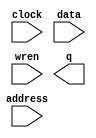
// megafunction wizard: %RAM: 1-PORT%VBB%
// GENERATION: STANDARD
// VERSION: WM1.0
// MODULE: altsyncram 

// ============================================================
// Megafunction Name(s):
// 			altsyncram
//
// Simulation Library Files(s):
// 			altera_mf
// ============================================================
// ************************************************************
// THIS IS A WIZARD-GENERATED FILE. DO NOT EDIT THIS FILE!
//
// 9.1 Build 304 01/25/2010 SP 1 SJ Web Edition
// ************************************************************

//Copyright (C) 1991-2010 Altera Corporation
//Your use of Altera Corporation's design tools, logic functions 
//and other software and tools, and its AMPP partner logic 
//functions, and any output files from any of the foregoing 
//(including device programming or simulation files), and any 
//associated documentation or information are expressly subject 
//to the terms and conditions of the Altera Program License 
//Subscription Agreement, Altera MegaCore Function License 
//Agreement, or other applicable license agreement, including, 
//without limitation, that your use is for the sole purpose of 
//programming logic devices manufactured by Altera and sold by 
//Altera or its authorized distributors.  Please refer to the 
//applicable agreement for further details.

module LED (
	address,
	clock,
	data,
	wren,
	q);

	input	[5:0]  address;
	input	  clock;
	input	[23:0]  data;
	input	  wren;
	output	[23:0]  q;
`ifndef ALTERA_RESERVED_QIS
// synopsys translate_off
`endif
	tri1	  clock;
`ifndef ALTERA_RESERVED_QIS
// synopsys translate_on
`endif

endmodule

// ============================================================
// CNX file retrieval info
// ============================================================
// Retrieval info: PRIVATE: ADDRESSSTALL_A NUMERIC "0"
// Retrieval info: PRIVATE: AclrAddr NUMERIC "0"
// Retrieval info: PRIVATE: AclrByte NUMERIC "0"
// Retrieval info: PRIVATE: AclrData NUMERIC "0"
// Retrieval info: PRIVATE: AclrOutput NUMERIC "0"
// Retrieval info: PRIVATE: BYTE_ENABLE NUMERIC "0"
// Retrieval info: PRIVATE: BYTE_SIZE NUMERIC "8"
// Retrieval info: PRIVATE: BlankMemory NUMERIC "0"
// Retrieval info: PRIVATE: CLOCK_ENABLE_INPUT_A NUMERIC "0"
// Retrieval info: PRIVATE: CLOCK_ENABLE_OUTPUT_A NUMERIC "0"
// Retrieval info: PRIVATE: Clken NUMERIC "0"
// Retrieval info: PRIVATE: DataBusSeparated NUMERIC "1"
// Retrieval info: PRIVATE: IMPLEMENT_IN_LES NUMERIC "0"
// Retrieval info: PRIVATE: INIT_FILE_LAYOUT STRING "PORT_A"
// Retrieval info: PRIVATE: INIT_TO_SIM_X NUMERIC "0"
// Retrieval info: PRIVATE: INTENDED_DEVICE_FAMILY STRING "Cyclone II"
// Retrieval info: PRIVATE: JTAG_ENABLED NUMERIC "0"
// Retrieval info: PRIVATE: JTAG_ID STRING "NONE"
// Retrieval info: PRIVATE: MAXIMUM_DEPTH NUMERIC "0"
// Retrieval info: PRIVATE: MIFfilename STRING "../../hw6/mem6.mif"
// Retrieval info: PRIVATE: NUMWORDS_A NUMERIC "64"
// Retrieval info: PRIVATE: RAM_BLOCK_TYPE NUMERIC "0"
// Retrieval info: PRIVATE: READ_DURING_WRITE_MODE_PORT_A NUMERIC "3"
// Retrieval info: PRIVATE: RegAddr NUMERIC "1"
// Retrieval info: PRIVATE: RegData NUMERIC "1"
// Retrieval info: PRIVATE: RegOutput NUMERIC "0"
// Retrieval info: PRIVATE: SYNTH_WRAPPER_GEN_POSTFIX STRING "0"
// Retrieval info: PRIVATE: SingleClock NUMERIC "1"
// Retrieval info: PRIVATE: UseDQRAM NUMERIC "1"
// Retrieval info: PRIVATE: WRCONTROL_ACLR_A NUMERIC "0"
// Retrieval info: PRIVATE: WidthAddr NUMERIC "6"
// Retrieval info: PRIVATE: WidthData NUMERIC "24"
// Retrieval info: PRIVATE: rden NUMERIC "0"
// Retrieval info: CONSTANT: CLOCK_ENABLE_INPUT_A STRING "BYPASS"
// Retrieval info: CONSTANT: CLOCK_ENABLE_OUTPUT_A STRING "BYPASS"
// Retrieval info: CONSTANT: INIT_FILE STRING "../../hw6/mem6.mif"
// Retrieval info: CONSTANT: INTENDED_DEVICE_FAMILY STRING "Cyclone II"
// Retrieval info: CONSTANT: LPM_HINT STRING "ENABLE_RUNTIME_MOD=NO"
// Retrieval info: CONSTANT: LPM_TYPE STRING "altsyncram"
// Retrieval info: CONSTANT: NUMWORDS_A NUMERIC "64"
// Retrieval info: CONSTANT: OPERATION_MODE STRING "SINGLE_PORT"
// Retrieval info: CONSTANT: OUTDATA_ACLR_A STRING "NONE"
// Retrieval info: CONSTANT: OUTDATA_REG_A STRING "UNREGISTERED"
// Retrieval info: CONSTANT: POWER_UP_UNINITIALIZED STRING "FALSE"
// Retrieval info: CONSTANT: WIDTHAD_A NUMERIC "6"
// Retrieval info: CONSTANT: WIDTH_A NUMERIC "24"
// Retrieval info: CONSTANT: WIDTH_BYTEENA_A NUMERIC "1"
// Retrieval info: USED_PORT: address 0 0 6 0 INPUT NODEFVAL address[5..0]
// Retrieval info: USED_PORT: clock 0 0 0 0 INPUT VCC clock
// Retrieval info: USED_PORT: data 0 0 24 0 INPUT NODEFVAL data[23..0]
// Retrieval info: USED_PORT: q 0 0 24 0 OUTPUT NODEFVAL q[23..0]
// Retrieval info: USED_PORT: wren 0 0 0 0 INPUT NODEFVAL wren
// Retrieval info: CONNECT: @address_a 0 0 6 0 address 0 0 6 0
// Retrieval info: CONNECT: q 0 0 24 0 @q_a 0 0 24 0
// Retrieval info: CONNECT: @clock0 0 0 0 0 clock 0 0 0 0
// Retrieval info: CONNECT: @data_a 0 0 24 0 data 0 0 24 0
// Retrieval info: CONNECT: @wren_a 0 0 0 0 wren 0 0 0 0
// Retrieval info: LIBRARY: altera_mf altera_mf.altera_mf_components.all
// Retrieval info: GEN_FILE: TYPE_NORMAL LED.v TRUE
// Retrieval info: GEN_FILE: TYPE_NORMAL LED.inc FALSE
// Retrieval info: GEN_FILE: TYPE_NORMAL LED.cmp FALSE
// Retrieval info: GEN_FILE: TYPE_NORMAL LED.bsf TRUE FALSE
// Retrieval info: GEN_FILE: TYPE_NORMAL LED_inst.v FALSE
// Retrieval info: GEN_FILE: TYPE_NORMAL LED_bb.v TRUE
// Retrieval info: GEN_FILE: TYPE_NORMAL LED_waveforms.html TRUE
// Retrieval info: GEN_FILE: TYPE_NORMAL LED_wave*.jpg FALSE
// Retrieval info: LIB_FILE: altera_mf